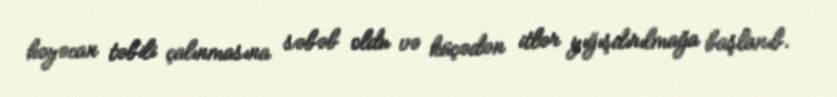
həyəcan təbili çalınmasına səbəb oldu və küçədən itlər yığışdırılmağa başlanıb.